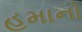
હમાનો